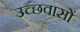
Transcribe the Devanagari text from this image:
उच्छवासों